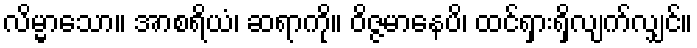
လိမ္မာသော။ အာစရိယံ၊ ဆရာကို။ ဝိဇ္ဇမာနေပိ၊ ထင်ရှားရှိလျက်လျှင်။